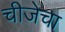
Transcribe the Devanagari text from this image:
चीजेचा